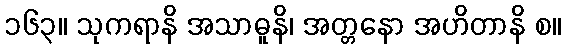
၁၆၃။ သုကရာနိ အသာဓူနိ၊ အတ္တနော အဟိတာနိ စ။